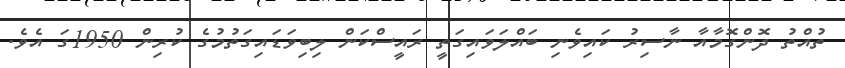
ތުއްތު ދޮންގޮމާއާ ނާސިރު ކައިވެނި ބައްލަވައިގަތީ ރައީސްކަން ލިބިވަޑައިގަތުމުގެ ކުރިން 1950ގަ އެވެ.